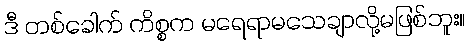
ဒီ တစ်ခေါက် ကိစ္စက မရေရာမသေချာလို့မဖြစ်ဘူး။